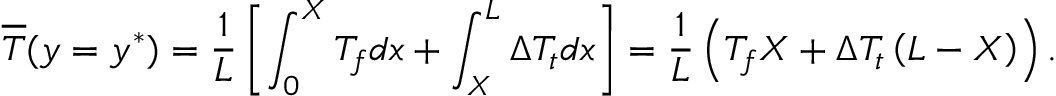
\overline { { T } } ( y = y ^ { * } ) = \frac { 1 } { L } \left[ \int _ { 0 } ^ { X } T _ { f } d x + \int _ { X } ^ { L } \Delta T _ { t } d x \right] = \frac { 1 } { L } \left( T _ { f } X + \Delta T _ { t } \left( L - X \right) \right) .